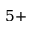
5 +